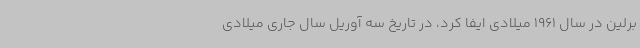
برلین در سال 1961 میلادی ایفا کرد، در تاریخ سه آوریل سال جاری میلادی